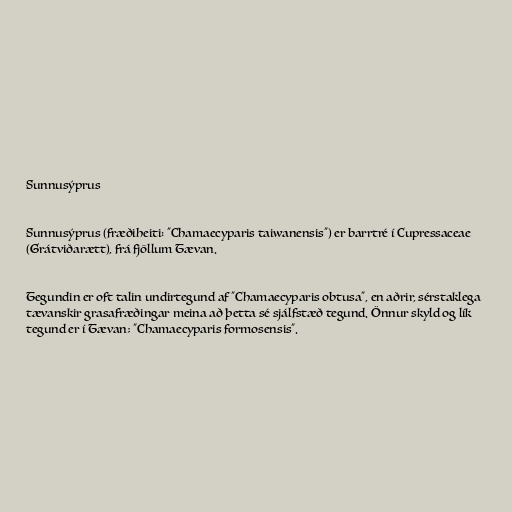
Sunnusýprus

Sunnusýprus (fræðiheiti: "Chamaecyparis taiwanensis") er barrtré í Cupressaceae
(Grátviðarætt), frá fjöllum Tævan.

Tegundin er oft talin undirtegund af "Chamaecyparis obtusa", en aðrir, sérstaklega
tævanskir grasafræðingar meina að þetta sé sjálfstæð tegund. Önnur skyld og lík
tegund er í Tævan; "Chamaecyparis formosensis".